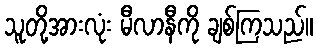
သူတို့အားလုံး မီလာနီကို ချစ်ကြသည်။